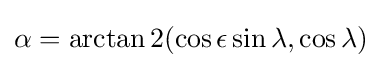
\alpha =\arctan 2(\cos \epsilon \sin \lambda ,\cos \lambda )